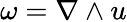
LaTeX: \omega=\nabla\wedge u